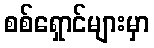
စစ်ရှောင်များမှာ